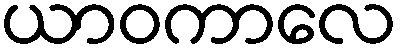
ယာဝကာလေ